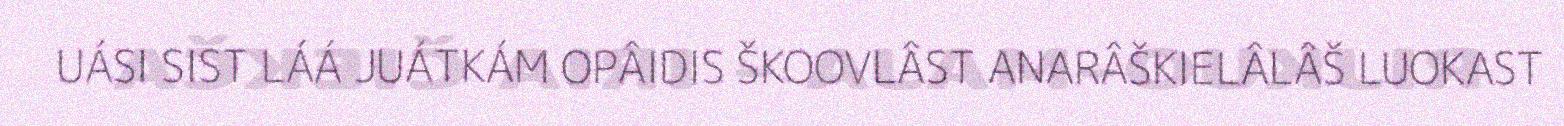
UÁSI SIST LÁÁ JUÁTKÁM OPÂIDIS ŠKOOVLÂST ANARÂŠKIELÂLÂŠ LUOKAST